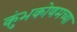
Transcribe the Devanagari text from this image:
कुंभकोणमच्या